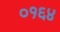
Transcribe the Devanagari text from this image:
०१६४